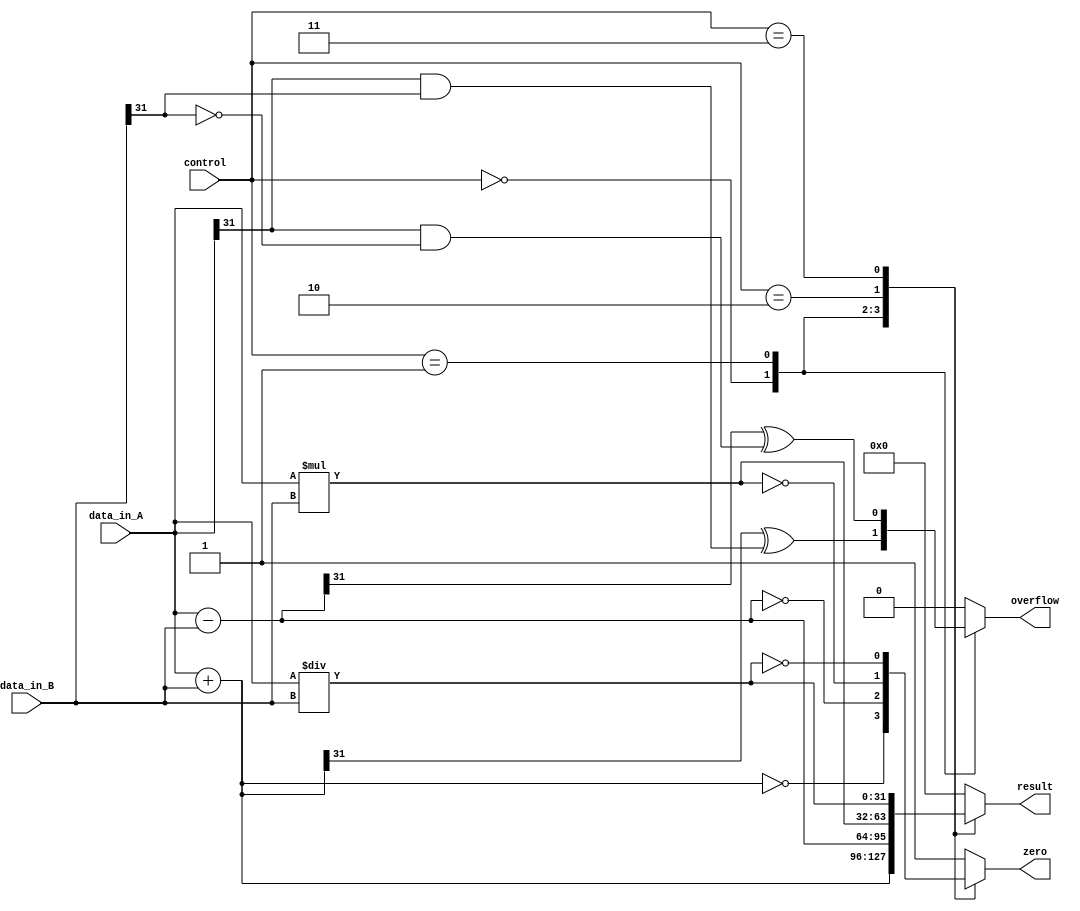
module ALU(
    input [31:0] data_in_A, data_in_B,
    input [3:0] control,
    output [31:0] result,
    output zero,
    output overflow
);

reg [31:0] result;
reg zero, overflow;

always @(*)
begin
    case(control)
        4'b0000: // Addition
            begin
                result = data_in_A + data_in_B;
                zero = (result == 0);
                overflow = (result[31] ^ data_in_A[31] & data_in_B[31]);
            end
        4'b0001: // Subtraction
            begin
                result = data_in_A - data_in_B;
                zero = (result == 0);
                overflow = (result[31] ^ data_in_A[31] & ~data_in_B[31]);
            end
        4'b0010: // Multiplication
            begin
                result = data_in_A * data_in_B;
                zero = (result == 0);
                overflow = 0; // No overflow in multiplication
            end
        4'b0011: // Division
            begin
                result = data_in_A / data_in_B;
                zero = (result == 0);
                overflow = 0; // No overflow in division
            end
        default:
            begin
                result = 0;
                zero = 1;
                overflow = 0;
            end
    endcase
end

endmodule